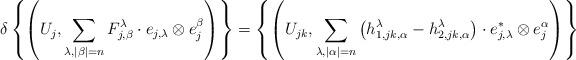
LaTeX: \begin{align*}\delta\left\{\left(U_j, \sum_{\lambda, |\beta|=n}F_{j, \beta}^\lambda\cdot e_{j, \lambda}\*\otimes e_j^\beta\right)\right\}=\left\{\left(U_{jk}, \sum_{\lambda, |\alpha|=n} \left(h^\lambda_{1, jk, \alpha}-h^\lambda_{2, jk, \alpha}\right)\cdot e_{j, \lambda}^*\otimes e_j^\alpha\right)\right\} \end{align*}